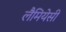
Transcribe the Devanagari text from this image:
लैमियेसी